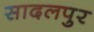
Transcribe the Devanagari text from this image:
सादलपुर